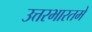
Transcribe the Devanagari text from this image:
उत्तरभारतमें